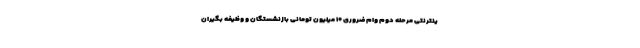
ینترنتی مرحله دوم وام ضروری ۱۰ میلیون تومانی بازنشستگان و وظیفه بگیران